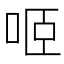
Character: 𠲬